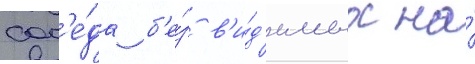
сос'е́да б'е́з в'и́д'имых на́